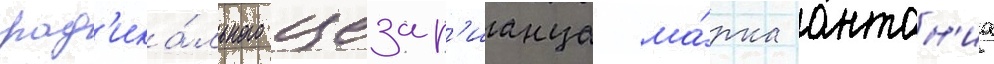
рад'ика́льного цезар'ианца ма́рка антон'иа